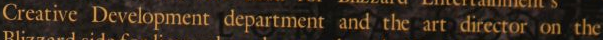
Creative Development department and the art director on the